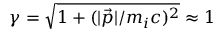
\gamma = \sqrt { 1 + ( \vert \vec { p } \vert / m _ { i } c ) ^ { 2 } } \approx 1